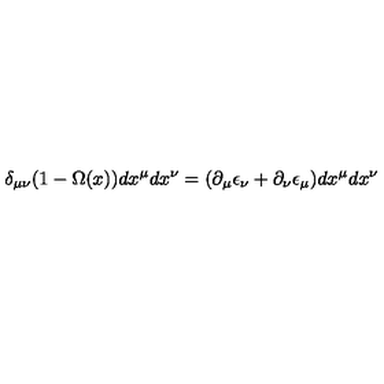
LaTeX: \delta _ { \mu \nu } ( 1 - \Omega ( x ) ) d x ^ { \mu } d x ^ { \nu } = ( \partial _ { \mu } \epsilon _ { \nu } + \partial _ { \nu } \epsilon _ { \mu } ) d x ^ { \mu } d x ^ { \nu }